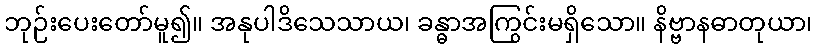
ဘုဉ်းပေးတော်မူ၍။ အနုပါဒိသေသာယ၊ ခန္ဓာအကြွင်းမရှိသော။ နိဗ္ဗာနဓာတုယာ၊